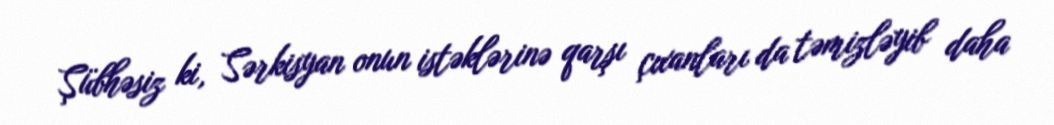
Şübhəsiz ki, Sərkisyan onun istəklərinə qarşı çıxanları da təmizləyib daha